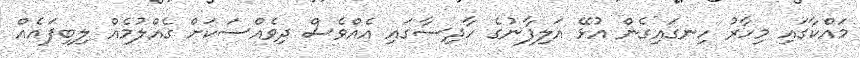
މައްކާގައި މިހާރު ހިނގައިގެން އުޅޭ އަލިފާނުގެ ހާދިސާގައި އެއްވެސް ދިވެއްސަކަށް ގެއްލުމެއް ލިބިފައެއް